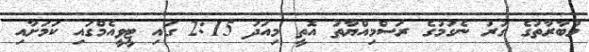
މުބާރާތުގެ ގުރު ނެގުމުގެ ރަސްމިއްޔާތު އޮތީ މިއަދު 2:15 ގައި ޓީވީއެމްގައި ކަމަށާއި